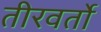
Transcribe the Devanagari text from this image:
तीरवर्तो